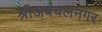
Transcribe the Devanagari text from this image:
श्रीअबचलनगर